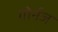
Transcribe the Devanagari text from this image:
गोर्नज